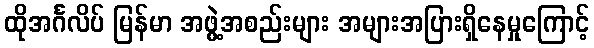
ထိုအင်္ဂလိပ် မြန်မာ အဖွဲ့အစည်းများ အများအပြားရှိနေမှုကြောင့်